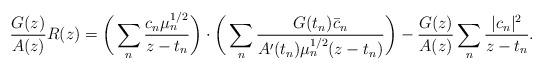
LaTeX: \begin{align*}\frac{G(z)}{A(z)}R(z) = \bigg(\sum_n \frac{c_n\mu_n^{1/2}}{z-t_n}\bigg) \cdot\bigg(\sum_n \frac{G(t_n) \bar c_n}{A'(t_n)\mu_n^{1/2} (z-t_n)}\bigg)- \frac{G(z)}{A(z)} \sum_n \frac{|c_n|^2}{z-t_n}.\end{align*}